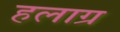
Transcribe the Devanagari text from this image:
हलाग्र